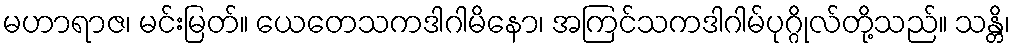
မဟာရာဇ၊ မင်းမြတ်။ ယေတေသကဒါဂါမိနော၊ အကြင်သကဒါဂါမ်ပုဂ္ဂိုလ်တို့သည်။ သန္တိ၊